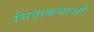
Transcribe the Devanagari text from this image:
चित्राकथाओं